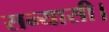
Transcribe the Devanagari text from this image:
सन्यासी।